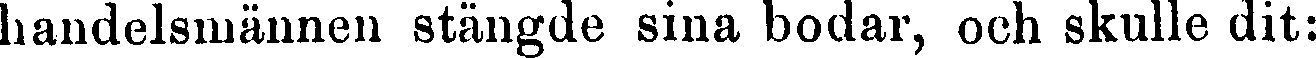
handelsmännen stängde sina bodar, och skulle dit: